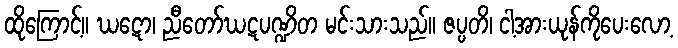
ထိုကြောင့်။ ဃဋော၊ ညီတော်ဃဋပဏ္ဍိတ မင်းသားသည်။ ဇပ္ပတိ၊ ငါ့အားယုန်ကိုပေးလော့